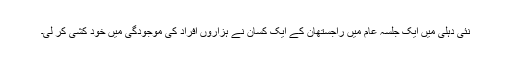
نئی دہلی میں ایک جلسہ عام میں راجستھان کے ایک کسان نے ہزاروں افراد کی موجودگی میں خود کشی کر لی۔